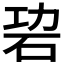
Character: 𥑙